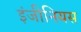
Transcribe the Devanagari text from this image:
इंजीनियस